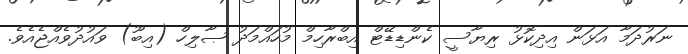
ނަރުދަމާ އަޅަން އިދިކޮޅު ރިޔާސީ ކެންޑިޑޭޓް އިބްރާހިމް މުހައްމަދު ޞާލިހް (އިބޫ) ވައުދުވެއްޖެއެވެ.